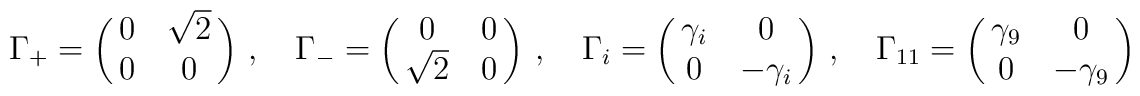
\Gamma_{+}= \pmatrix{0& \sqrt2\cr 0& 0}\,,\quad\Gamma_{-}= \pmatrix{0& 0\cr \sqrt2 & 0}\,,\quad\Gamma_{i} = \pmatrix{\gamma_{i} & 0\cr 0& -\gamma_{i}}\,,\quad \Gamma_{11}=\pmatrix{\gamma_{9}&0\cr 0& -\gamma_{9}}\